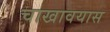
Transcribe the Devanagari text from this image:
चाखावयास